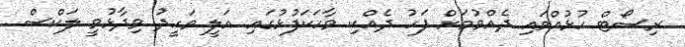
ރިސޯޓް ހުޅުއްވައި ދެއްވުމަށް ފަހު ދެއްކި ވާހަކަފުޅުގައި އަލީ ވަހީދު ވިދާޅުވީ ލަކްސް